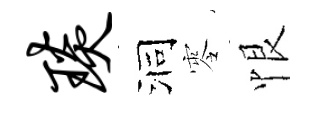
琰洞零恨